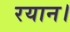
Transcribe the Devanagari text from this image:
रयान।